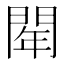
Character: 𨴞